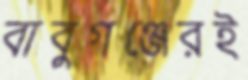
বাবুগঞ্জেরই